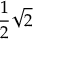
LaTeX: { \frac { 1 } { 2 } } { \sqrt { 2 } }